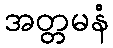
အတ္တမနံ